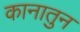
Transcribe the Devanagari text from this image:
कानातुन